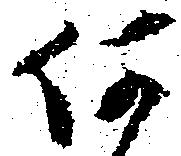
何